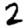
Digit: 2